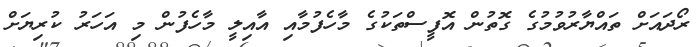
ރޯދައަށް ތައްޔާރުވުމުގެ ގޮތުން އޮފީސްތަކުގެ މާހެފުމާއި އާއިލީ މާހެފުން މި އަހަރު ކުރިޔަށް